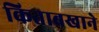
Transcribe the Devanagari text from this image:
किताबखाने